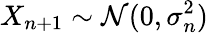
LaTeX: X_{n+1}\sim\mathcal{N}(0,\sigma_{n}^{2})